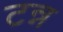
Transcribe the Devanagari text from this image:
टन्न